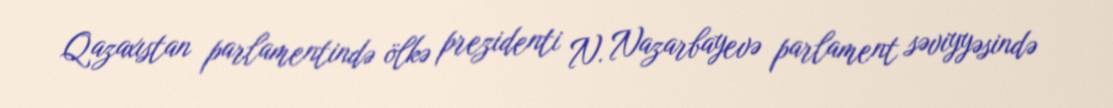
Qazaxıstan parlamentində ölkə prezidenti N. Nazarbayevə parlament səviyyəsində